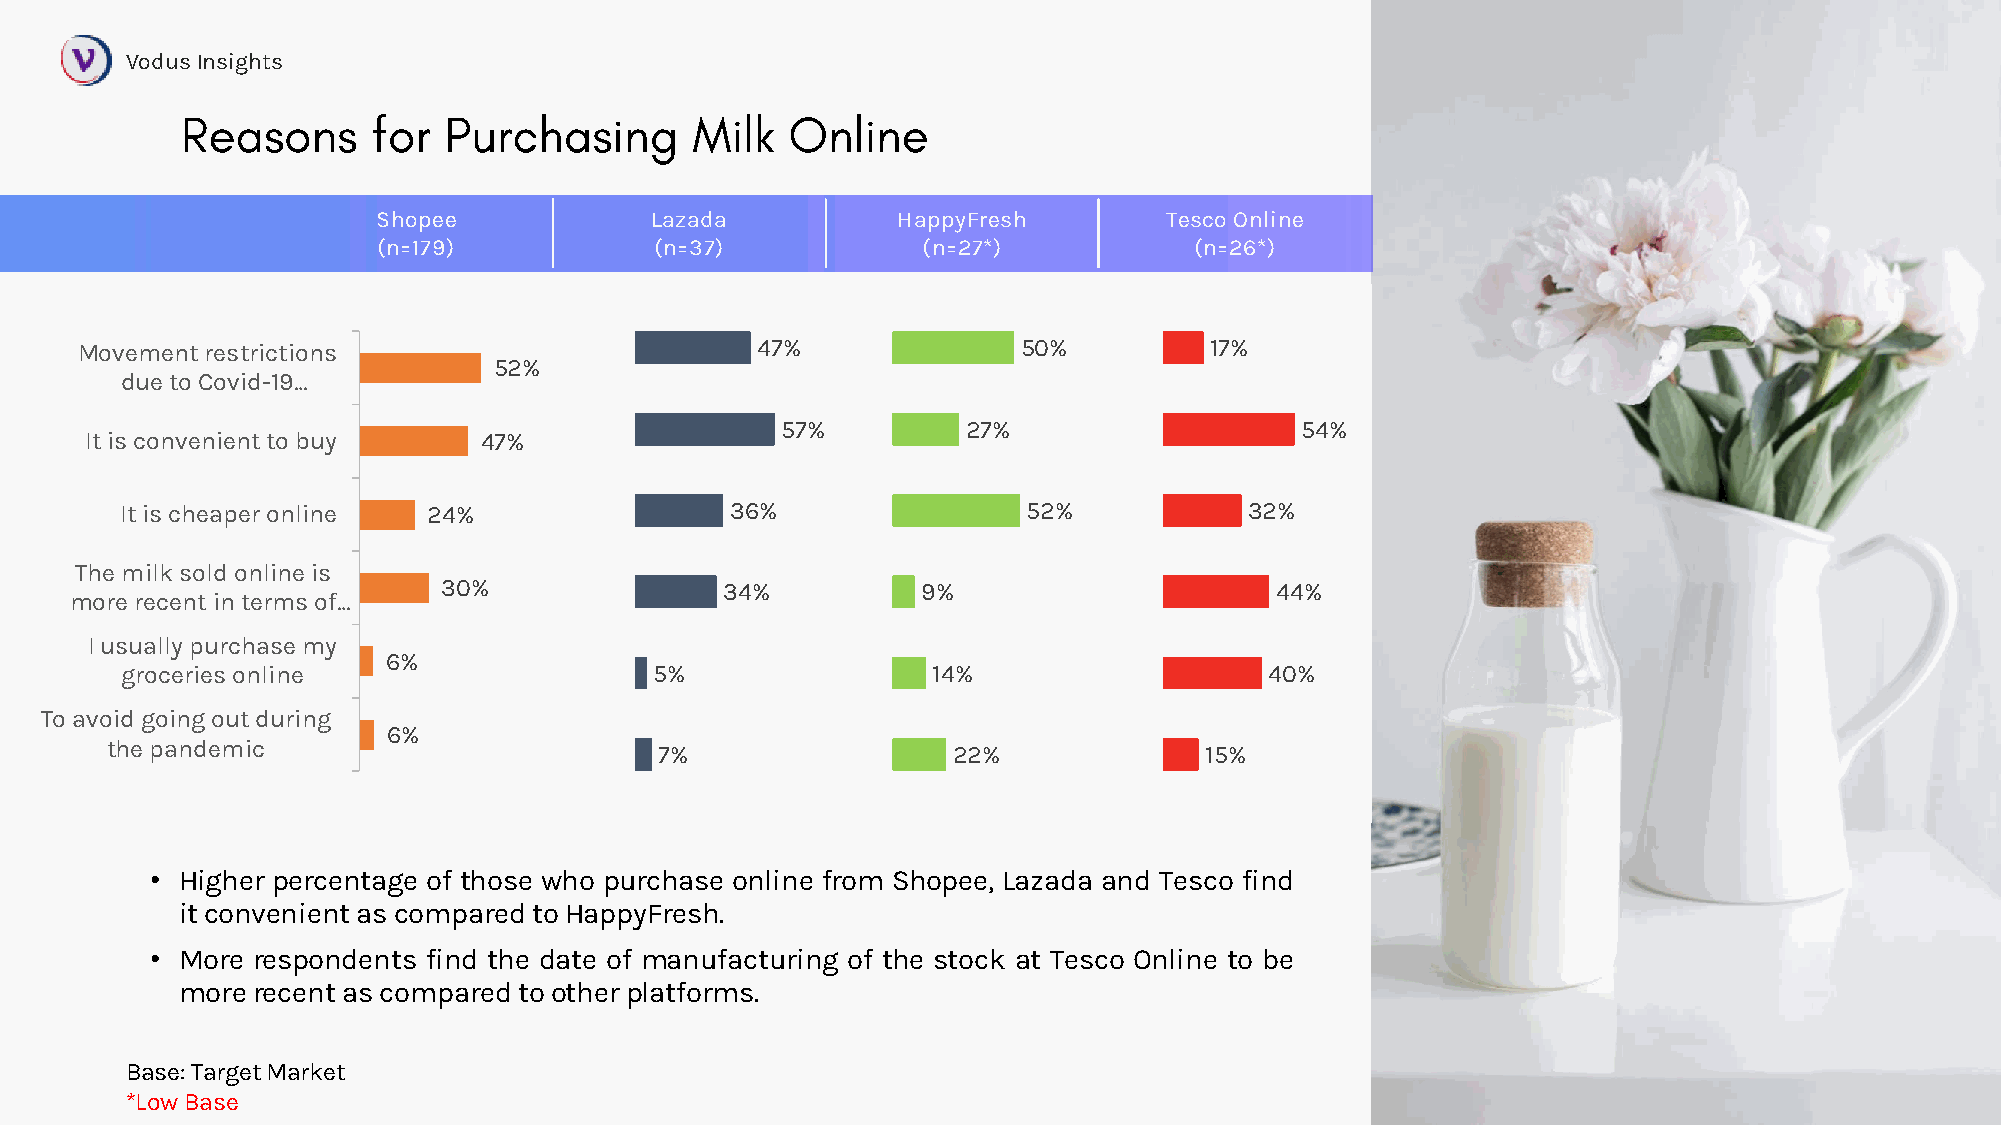
VodusInsights
 Shopee            Lazada          HappyFresh        Tesco Online
 (n=179)           (n=37)            (n=27*)           (n=26*)
 Movement restrictions                        47%               50%         17%
 52%
 due to Covid-19…
 57%         27%                   54%
 It is convenient to buy   47%
 It is cheaper online 24%                36%                 52%            32%
 The milk sold online is
 30%                34%          9%                     44%
 more recent in terms of…
 I usually purchase my
 6%
 groceries online                   5%                 14%                   40%
 To avoid going out during
 6%
 the pandemic                         7%                 22%              15%
 • Higher percentage of those who purchase online from Shopee, Lazada and Tesco find
 itconvenientas comparedto HappyFresh.
 • More respondents find the date of manufacturing of the stock at Tesco Online to be
 morerecent as comparedtootherplatforms.
 Base: Target Market
 *Low Base